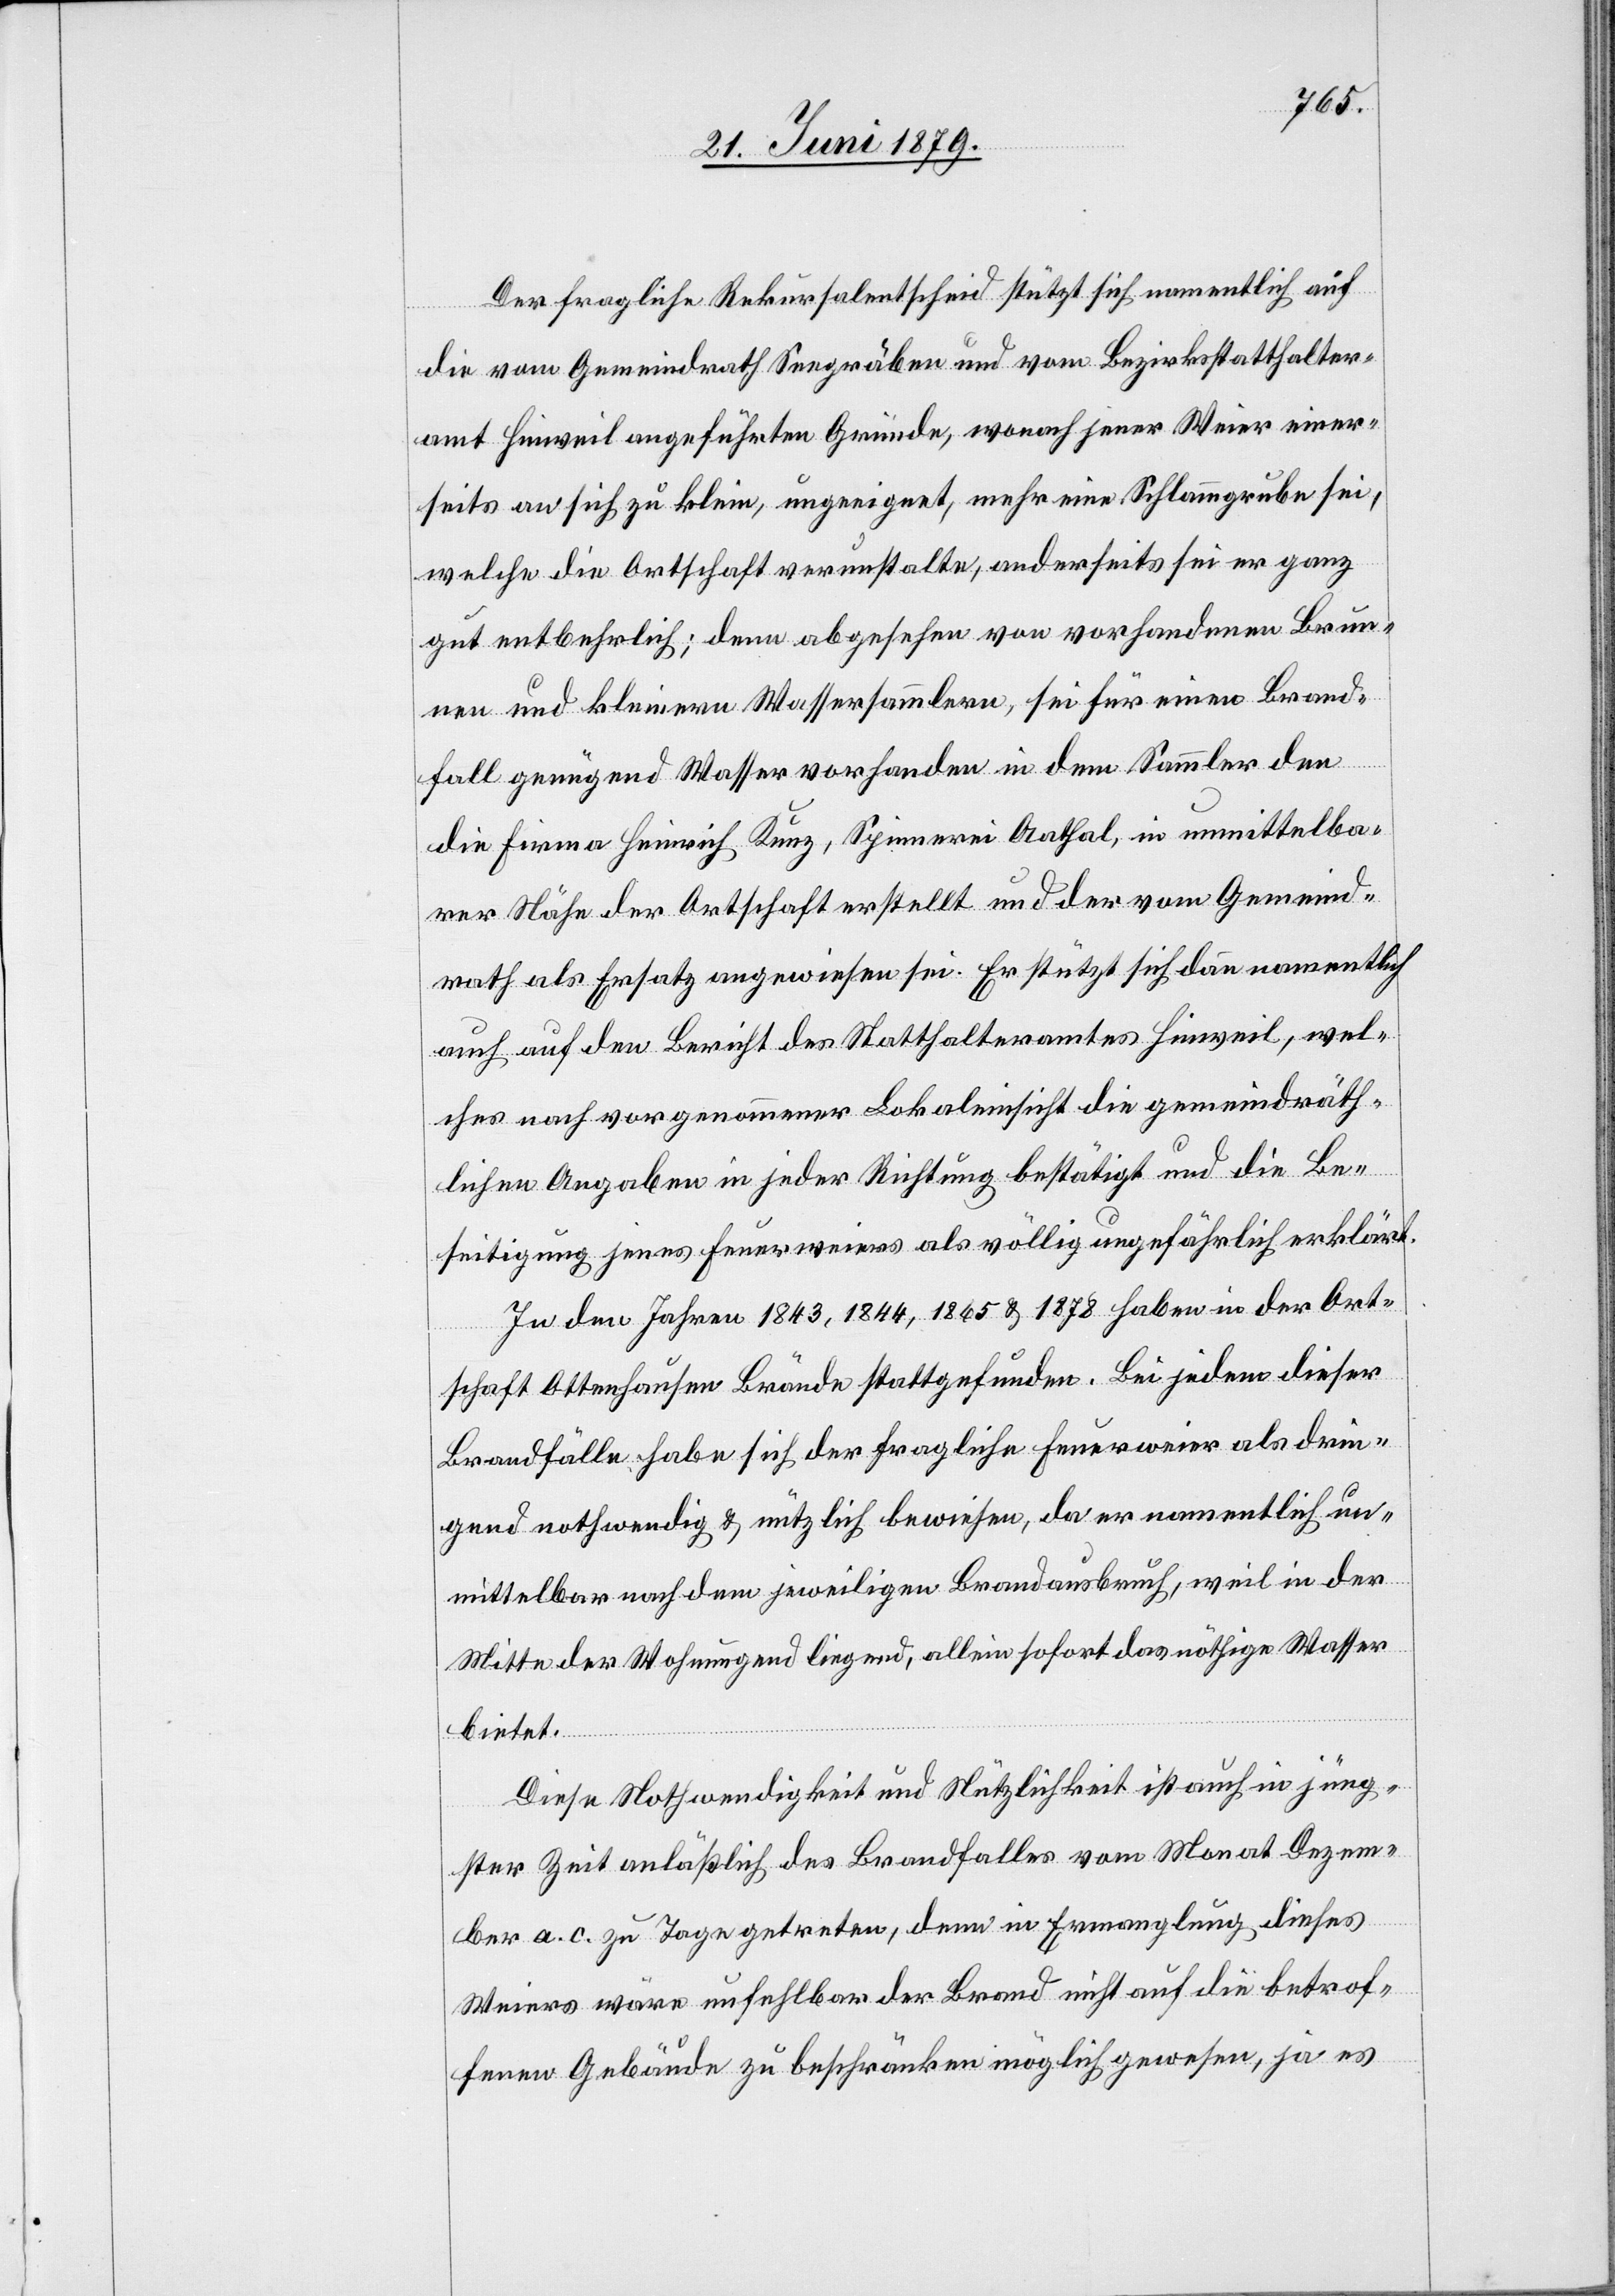
Der fragliche Rekursalentscheid stützt sich namentlich auf
die vom Gemeindrath Seegräben und vom Bezirksstatthalter¬
amt Hinweil angeführten Gründe, wonach jener Weier einer¬
seits an sich zu klein, ungeeignet, mehr eine Schlammgrube sei,
welche die Ortschaft verunstalte, anderseits sei er ganz
gut entbehrlich; denn abgesehen von vorhandenen Brun¬
nen und kleinern Wassersammlern, sei für einen Brand¬
fall genügend Wasser vorhanden in dem Sammler den
die Firma Heinrich Kunz, Spinnerei Aathal, in unmittelba¬
rer Nähe der Ortschaft erstellt und der vom Gemeind¬
rath als Ersatz angewiesen sei. Er stützt sich dann namentlich
auch auf den Bericht des Statthalteramtes Hinweil, wel¬
ches nach vorgenommener Lokaleinsicht die gemeindräth¬
lichen Angaben in jeder Richtung bestätigt und die Be¬
seitigung jenes Feuerweiers als völlig ungefährlich erklärt.
In den Jahren 1843, 1844, 1865 & 1878 haben in der Ort¬
schaft Ottenhausen Brände stattgefunden. Bei jedem dieser
Brandfälle habe sich der fragliche Feuerweier als drin¬
gend nothwendig & nützlich bewiesen, da er namentlich un¬
mittelbar nach dem jeweiligen Brandausbruch, weil in der
Mitte der Wohnungend [sic!] liegend, allein sofort das nöthige Wasser
bietet.
Diese Nothwendigkeit und Nützlichkeit ist auch in jüng¬
ster Zeit anläßlich des Brandfalles vom Monat Dezem¬
ber a. c. zu Tage getreten, denn in Ermanglung dieses
Weiers wäre unfehlbar der Brand nicht auf die betrof¬
fenen Gebäude zu beschränken möglich gewesen, ja es